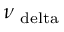
\nu _ { \mathrm { \ d e l t a } }